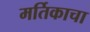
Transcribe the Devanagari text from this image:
मर्तिकाचा